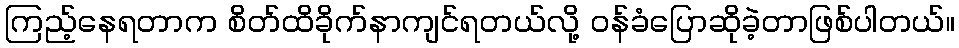
ကြည့်နေရတာက စိတ်ထိခိုက်နာကျင်ရတယ်လို့ ဝန်ခံပြောဆိုခဲ့တာဖြစ်ပါတယ်။